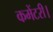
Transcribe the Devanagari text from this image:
कमेंटरी।